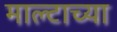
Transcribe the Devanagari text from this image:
माल्टाच्या